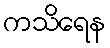
ကသိရေန